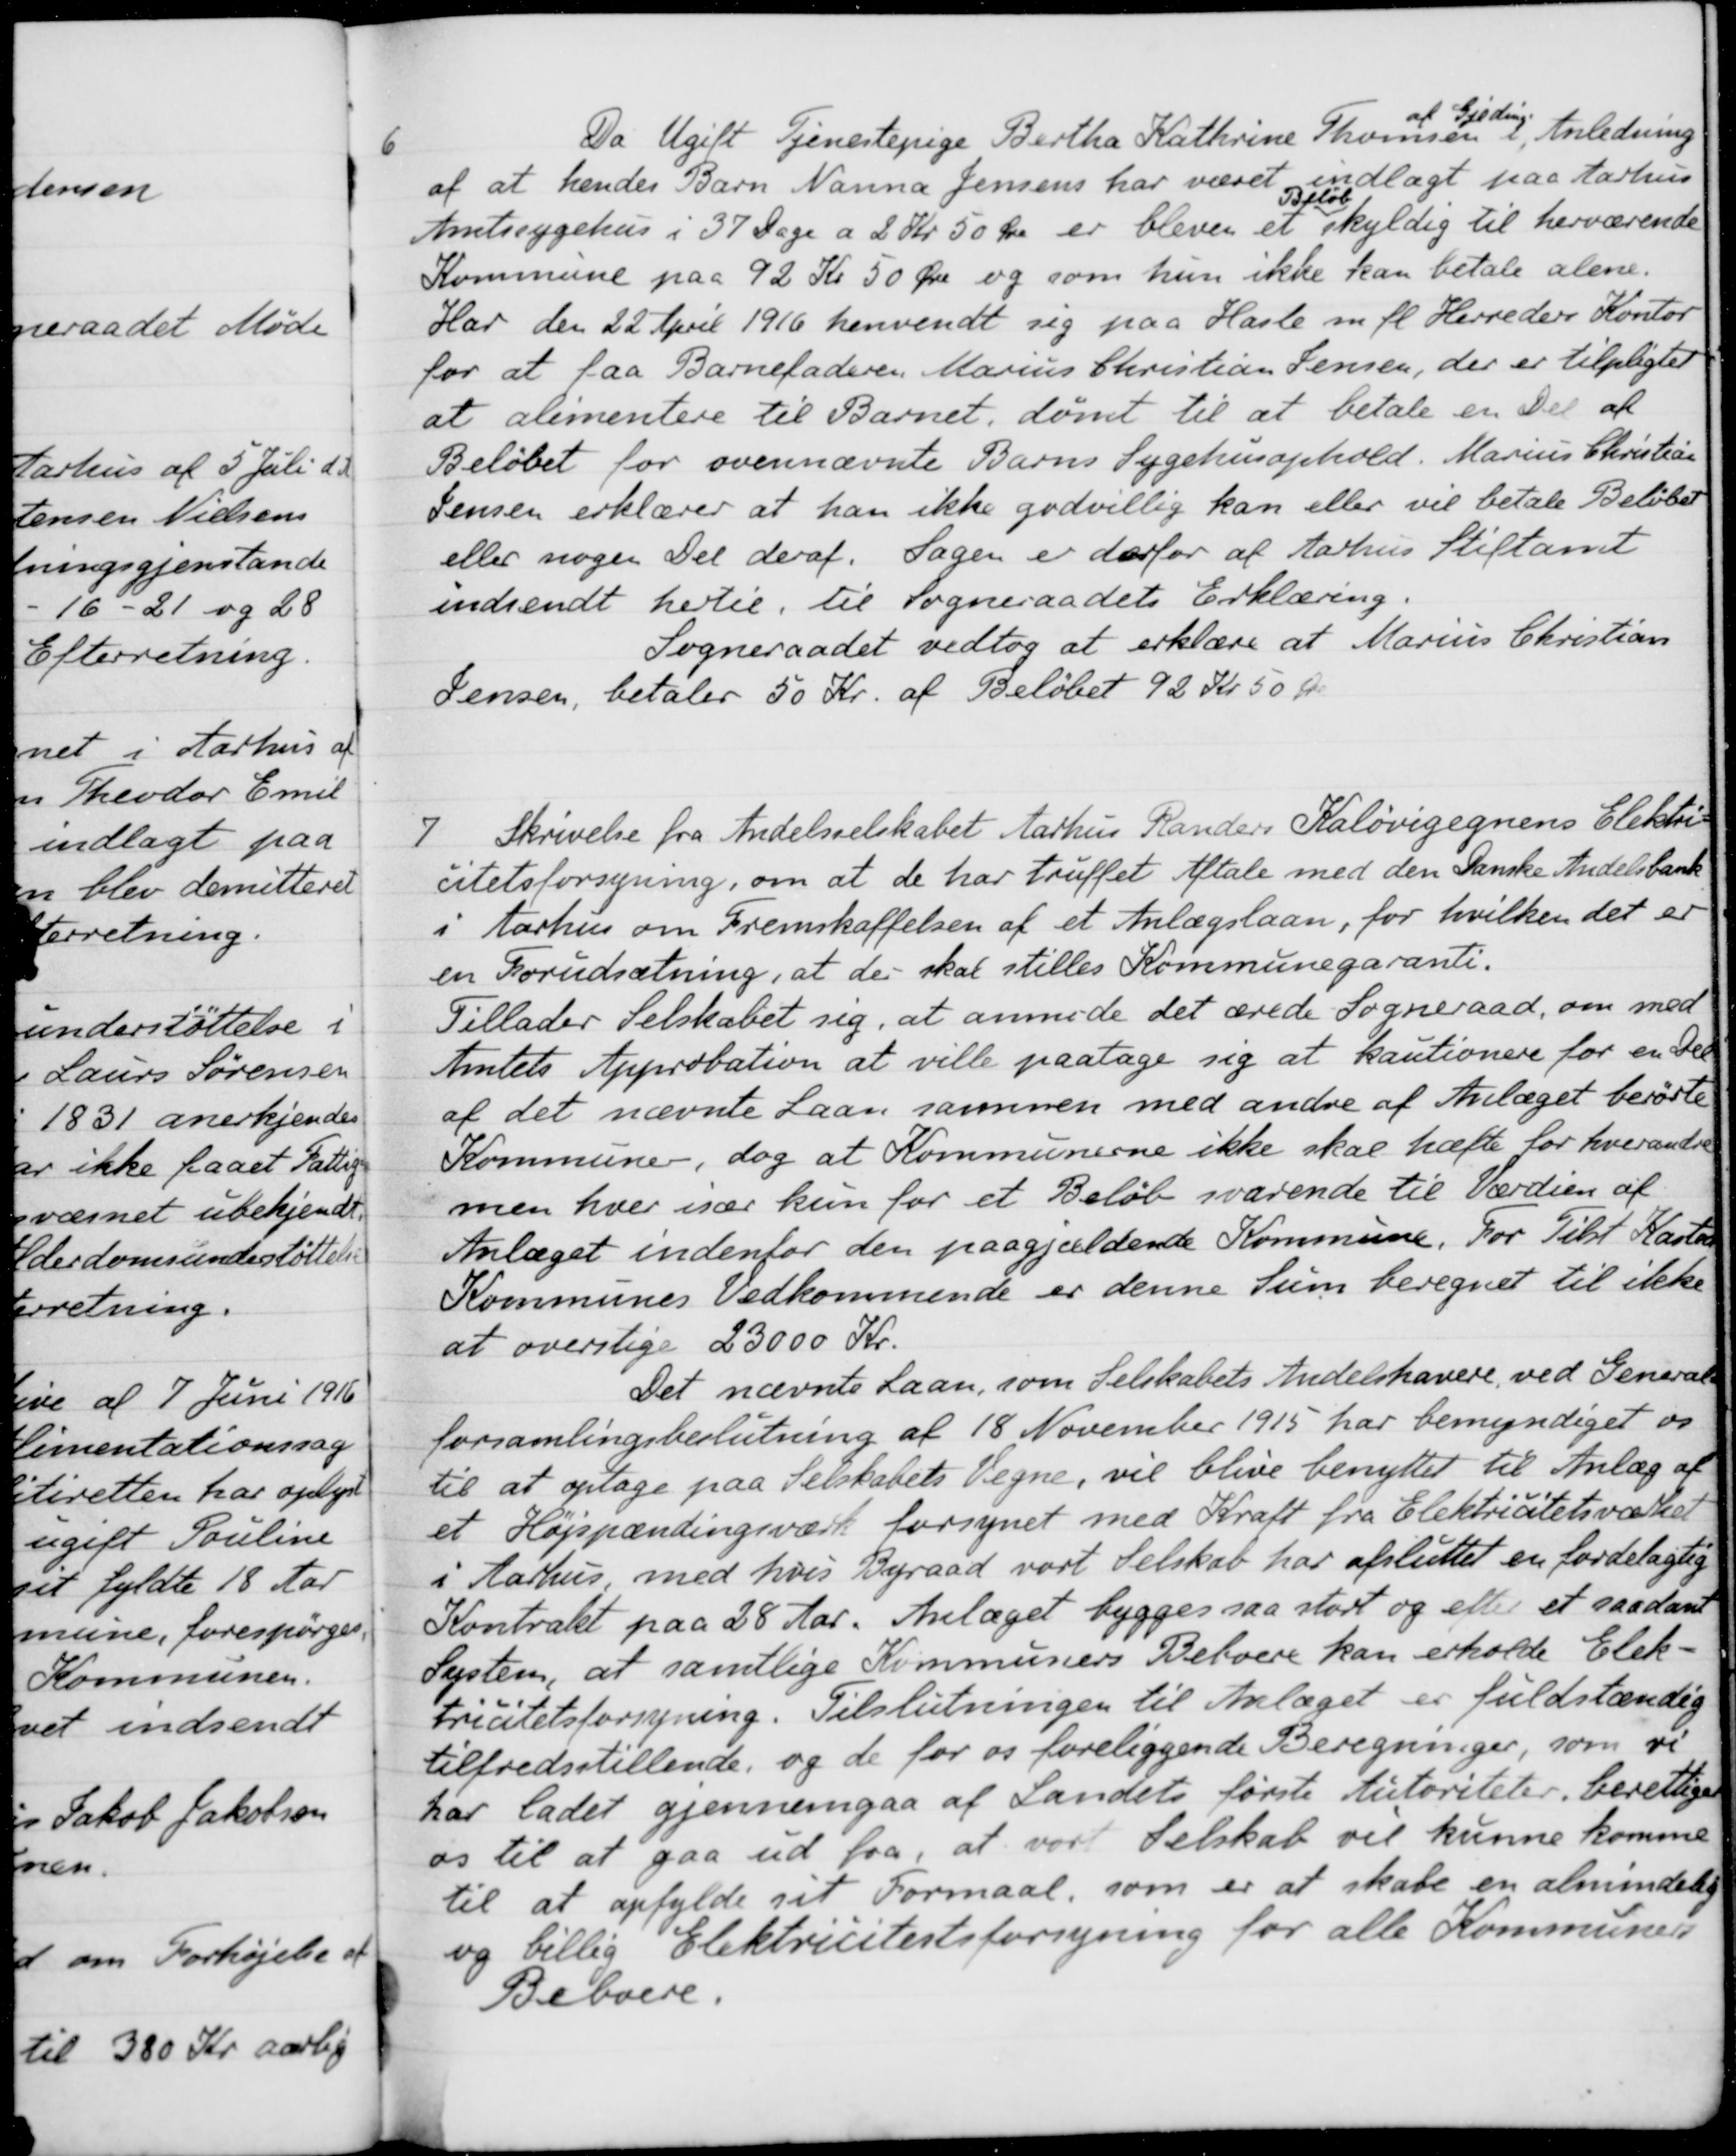
Transskription:
6
Da Ugift Tjenestepige Bertha Kathrine Thomsen
af Gjeding
i Anledning
af at hendes Barn Nanna Jensens har været indlagt paa Aarhus
Amtssygehus i 37 Dage a 2 Kr 50 Øre er bleven et
Beløb
skyldig til herværende
Kommune paa 92 Kr 50 Øre og som hun ikke kan betale alene.
Har den 22 April 1916 henvendt sig paa Hasle m. fl. Herreders Kontor
for at faa Barnefaderen Marius Christian Jensen, der er tilpligtet
at alimentere til Barnet, dømt til at betale en Del af
Beløbet for ovennævnte Barns Sygehusophold. Marius Christian
Jensen erklærer at han ikke godvillig kan eller vil betale Beløbet
eller nogen Del deraf. Sagen er derfor af Aarhus Stiftamt
indsendt hertil, til Sogneraadets Erklæring.
Sogneraadet vedtog at erklære at Marius Christian
Jensen, betaler 50 Kr. af Beløbet 92 Kr 50 Øre
7
Skrivelse fra Andelsselskabet Aarhus Randers Kaløvigegnens Elektri-
citetsforsyning, om at de har truffet Aftale med den Danske Andelsbank
i Aarhus om Fremskaffelsen af et Anlægslaan, for hvilken det er
en Forudsætning, at der skal stilles Kommunegaranti.
Tillader Selskabet sig, at anmode det ærede Sogneraad, om med
Amtets Approbation at ville paatage sig at kautionere for en Del
af det nævnte Laan sammen med andre af Anlæget berørte
Kommune, dog at Kommunerne ikke skal hæfte for hverandre
men hver især kun for et Beløb svarende til Værdien af
Anlæget indenfor den paagjældende Kommune. For Tilst Kasted
Kommunes Vedkommende er denne Sum beregnet til ikke
at overstige 23000 Kr.
Det nævnte Laan, som Selskabets Andelshavere ved General-
forsamlingsbeslutning af 18 November 1915 har bemyndiget os
til at optage paa Selskabets Vegne, vil blive benyttet til Anlæg af
et Højspændingsværk forsynet med Kraft fra Elektrictetsværket
i Aarhus, med hvis Byraad vort Selskab har afsluttet en fordelagtig
Kontrakt paa 28 Aar. Anlæget bygges saa stort og efter et saadant
System, at samtlige Kommuners Beboere kan erholde Elek-
tricitetsforsyning. Tilslutningen til Anlæget er fuldstændig
tilfredsstillende, og de for os foreliggende Beregninger, som vi
har ladet gjennemgaa af Landets første Autoriteter berettige
os til at gaa ud fra, at vor Selskab vil kunne komme
til at opfylde sit Formaal, som er at skabe en almindelig
og billig Elektricitetsforsyning for alle Kommuners
Beboere.